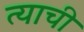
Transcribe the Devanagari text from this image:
त्‍याची